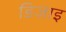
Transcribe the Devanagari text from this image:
डिजाइ